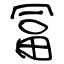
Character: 冨